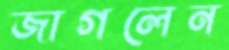
জাগলেন